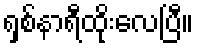
ရှစ်နာရီထိုးလေပြီ။